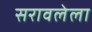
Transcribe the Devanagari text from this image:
सरावलेला